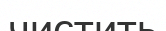
чистить